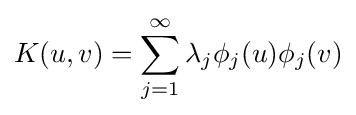
K(u,v)=\sum _{j=1}^{\infty }\lambda _{j}\phi _{j}(u)\phi _{j}(v)